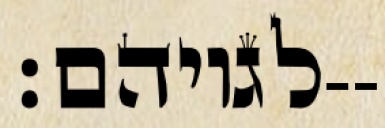
לגויהם׃--